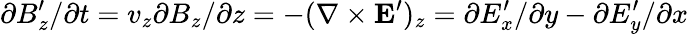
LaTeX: \partial B_{z}^{\prime}/\partial t=v_{z}\partial B_{z}/\partial z=-(\nabla\times\mathbf{E^{\prime}})_{z}=\partial E_{x}^{\prime}/\partial y-\partial E_{y}^{\prime}/\partial x